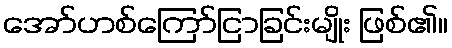
အော်ဟစ်ကြော်ငြာခြင်းမျိုး ဖြစ်၏။